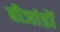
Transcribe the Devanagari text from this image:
बीजांडों